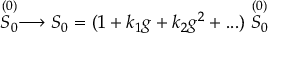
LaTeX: \stackrel { ( 0 ) } { S _ { 0 } } \longrightarrow S _ { 0 } = ( 1 + k _ { 1 } g + k _ { 2 } g ^ { 2 } + . . . ) \stackrel { ( 0 ) } { S _ { 0 } }